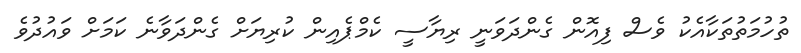
ތުހުމަތުތަކާއެކު ވެސް ފިއޮން ގެންދަވަނީ ރިޔާސީ ކެމްޕެއިން ކުރިޔަށް ގެންދަވާނެ ކަމަށް ވައުދުވެ